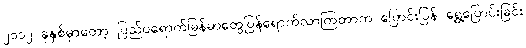
၂၀၁၂ ခုနှစ်မှာတော့ ပြည်ပရောက်မြန်မာတွေပြန်ရောက်လာကြတာက ပြောင်းပြန် ရွှေ့ပြောင်းခြင်း